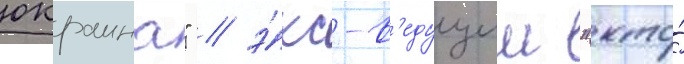
юкраина" / э́кс-в'едущии "кто́